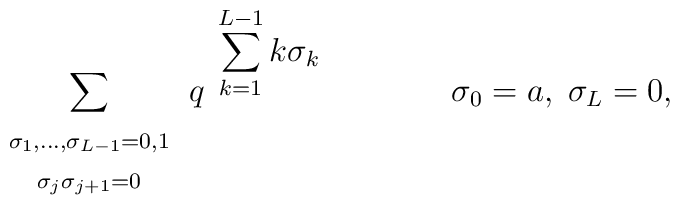
\renewcommand{\arraystretch}{1}\sum_{\begin{array}{c} \scriptstyle\sigma_1,\ldots,\sigma_{L-1}=0,1\\\scriptstyle\sigma_j\sigma_{j+1}=0\end{array}}q^{ \;\; \displaystyle \sum_{k=1}^{L-1} k\sigma_k} \qquad\qquad  \sigma_0=a, \; \sigma_L=0,